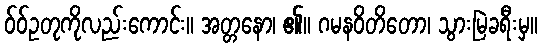
ဝ်ဝ်ဥတုကိုလည်းကောင်း။ အတ္တနော၊ ၏။ ဂမနဝိတိတော၊ သွားမြဲခရီးမှ။